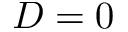
D = 0